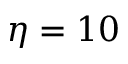
\eta = 1 0